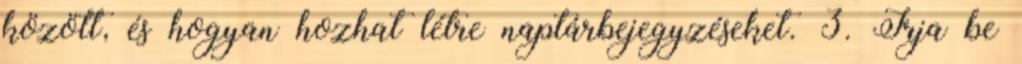
között, és hogyan hozhat létre naptárbejegyzéseket. 3. Írja be